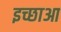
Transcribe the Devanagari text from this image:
इच्छाआ